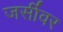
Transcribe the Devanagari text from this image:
जर्सीवर